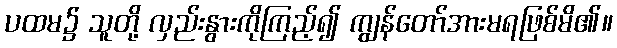
ပထမ၌ သူတို့ လှည်းနွားကိုကြည့်၍ ကျွန်တော်အားမရဖြစ်မိ၏။